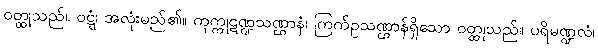
ဝတ္ထုသည်။ ဝဋ္ဋံ၊ အလုံးမည်၏။ ကုက္ကုဋဏ္ဍသဏ္ဌာနံ၊ ကြက်ဥသဏ္ဌာန်ရှိသော ဝတ္ထုသည်။ ပရိမဏ္ဍလံ၊